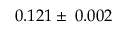
0 . 1 2 1 \pm \: 0 . 0 0 2